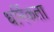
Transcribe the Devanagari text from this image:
धर्मिकता